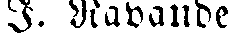
I. Rabande